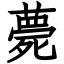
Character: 薨